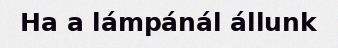
Ha a lámpánál állunk